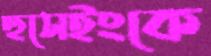
হুসেইংকে